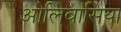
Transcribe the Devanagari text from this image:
ओलिवासिया